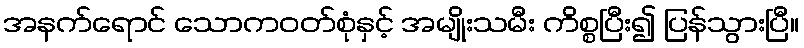
အနက်ရောင် သောကဝတ်စုံနှင့် အမျိုးသမီး ကိစ္စပြီး၍ ပြန်သွားပြီ။